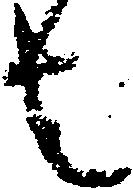
者